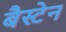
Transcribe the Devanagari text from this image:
बैस्टेन